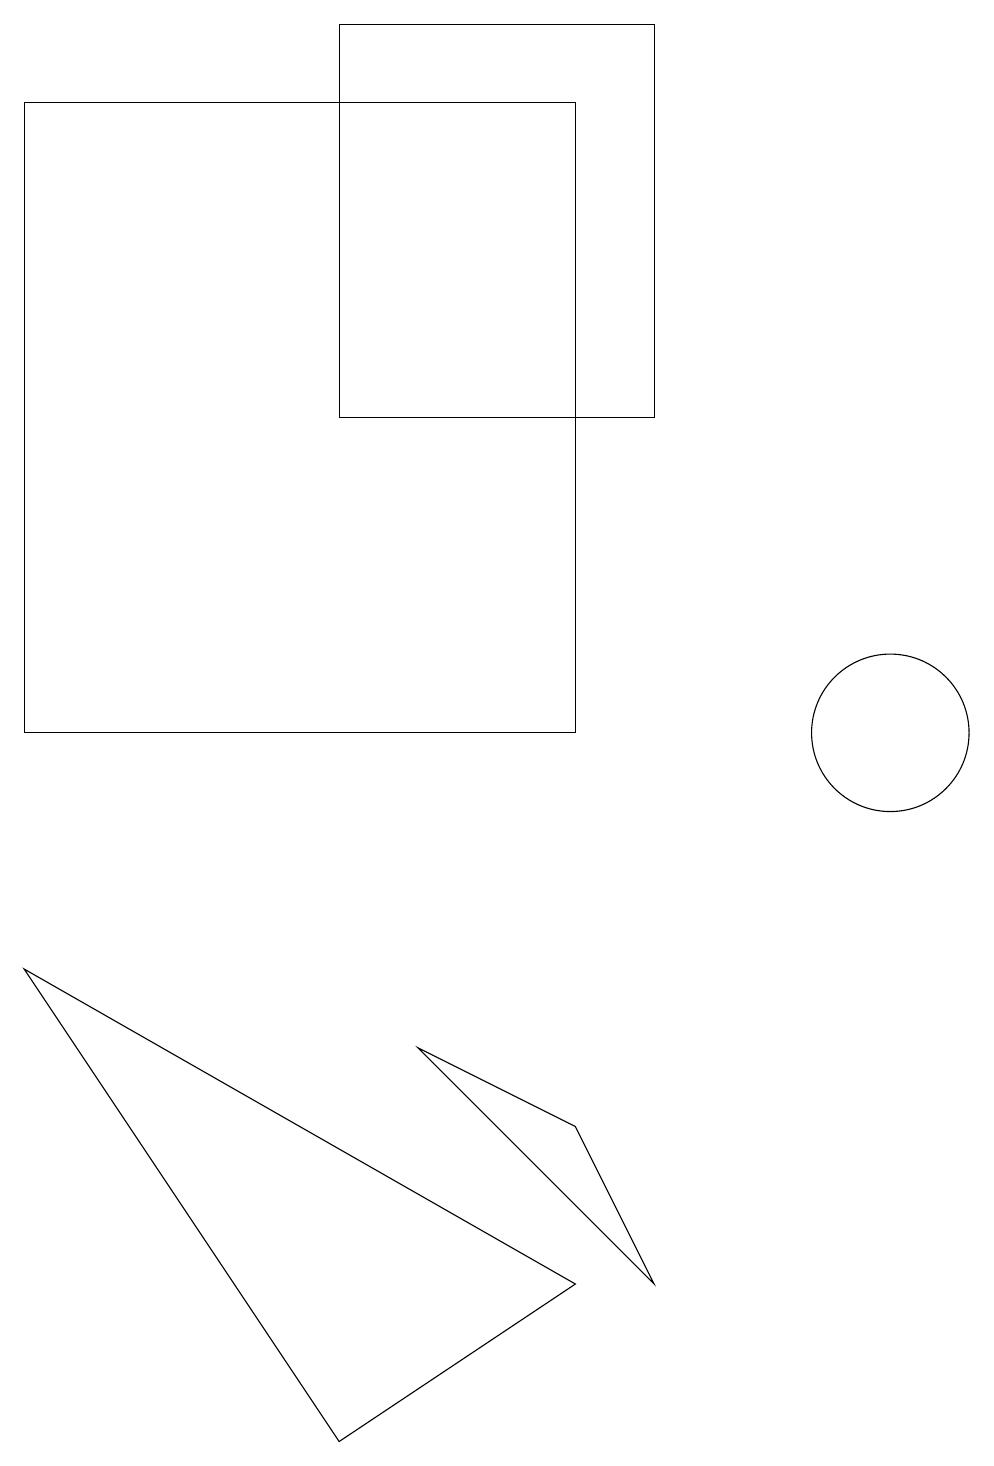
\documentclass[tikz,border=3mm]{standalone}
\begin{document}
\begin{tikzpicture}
\draw (7,18) rectangle (0,10);
\draw (7,5) -- (5,6) -- (8,3) -- cycle;
\draw (8,19) rectangle (4,14);
\draw (11,10) circle (1);
\draw (0,7) -- (4,1) -- (7,3) -- cycle;
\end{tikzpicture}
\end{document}